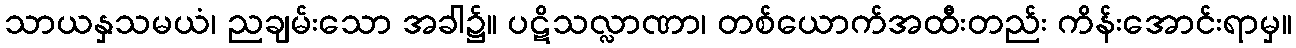
သာယနှသမယံ၊ ညချမ်းသော အခါ၌။ ပဋိသလ္လာဏာ၊ တစ်ယောက်အထီးတည်း ကိန်းအောင်းရာမှ။